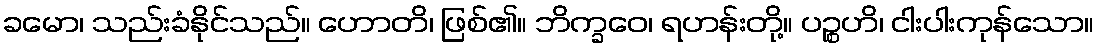
ခမော၊ သည်းခံနိုင်သည်။ ဟောတိ၊ ဖြစ်၏။ ဘိက္ခဝေ၊ ရဟန်းတို့။ ပဉ္စဟိ၊ ငါးပါးကုန်သော။